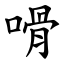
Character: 嗗